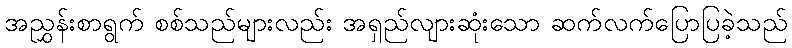
အညွှန်းစာရွက် စစ်သည်များလည်း အရှည်လျားဆုံးသော ဆက်လက်ပြောပြခဲ့သည်